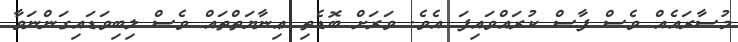
މުސާރައެއް ވެސް ފާސް ކުރައްވައިފަ އެވެ. ވަރަށް ބޮޑެތި ޢިނާޔަތްތައް ވެސް ލިބިވަޑައިގަންނަވާ